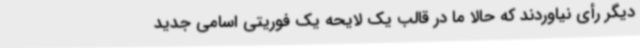
دیگر رأی نیاوردند که حالا ما در قالب یک لایحه یک فوریتی اسامی جدید